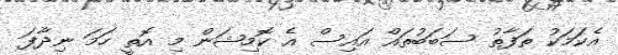
އެކަމަކު ތަފާތު ސަބަބުތައް އައިސް އެ ކޮމިޝަން މި އޮތީ ހަމަ ނިދާފަ